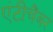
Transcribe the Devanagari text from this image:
एंटीचैंबर